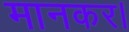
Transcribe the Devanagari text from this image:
मानकर।